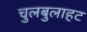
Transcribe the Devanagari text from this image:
चुलबुलाहट